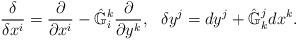
LaTeX: \begin{align*}\frac{\delta}{\delta x^i} = \frac{\partial}{\partial x^i} -\hat{\mathbb{G}}^k_i \frac{\partial}{\partial y^k},\ \ \delta y^j = dy^j + \hat{\mathbb{G}}^j_k dx^k.\end{align*}